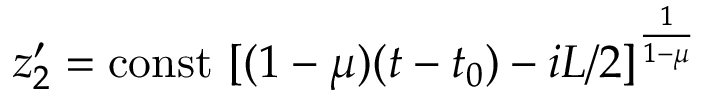
z _ { 2 } ^ { \prime } = \mathrm { c o n s t } ~ [ ( 1 - \mu ) ( t - t _ { 0 } ) - i L / 2 ] ^ { \frac { 1 } { 1 - \mu } }